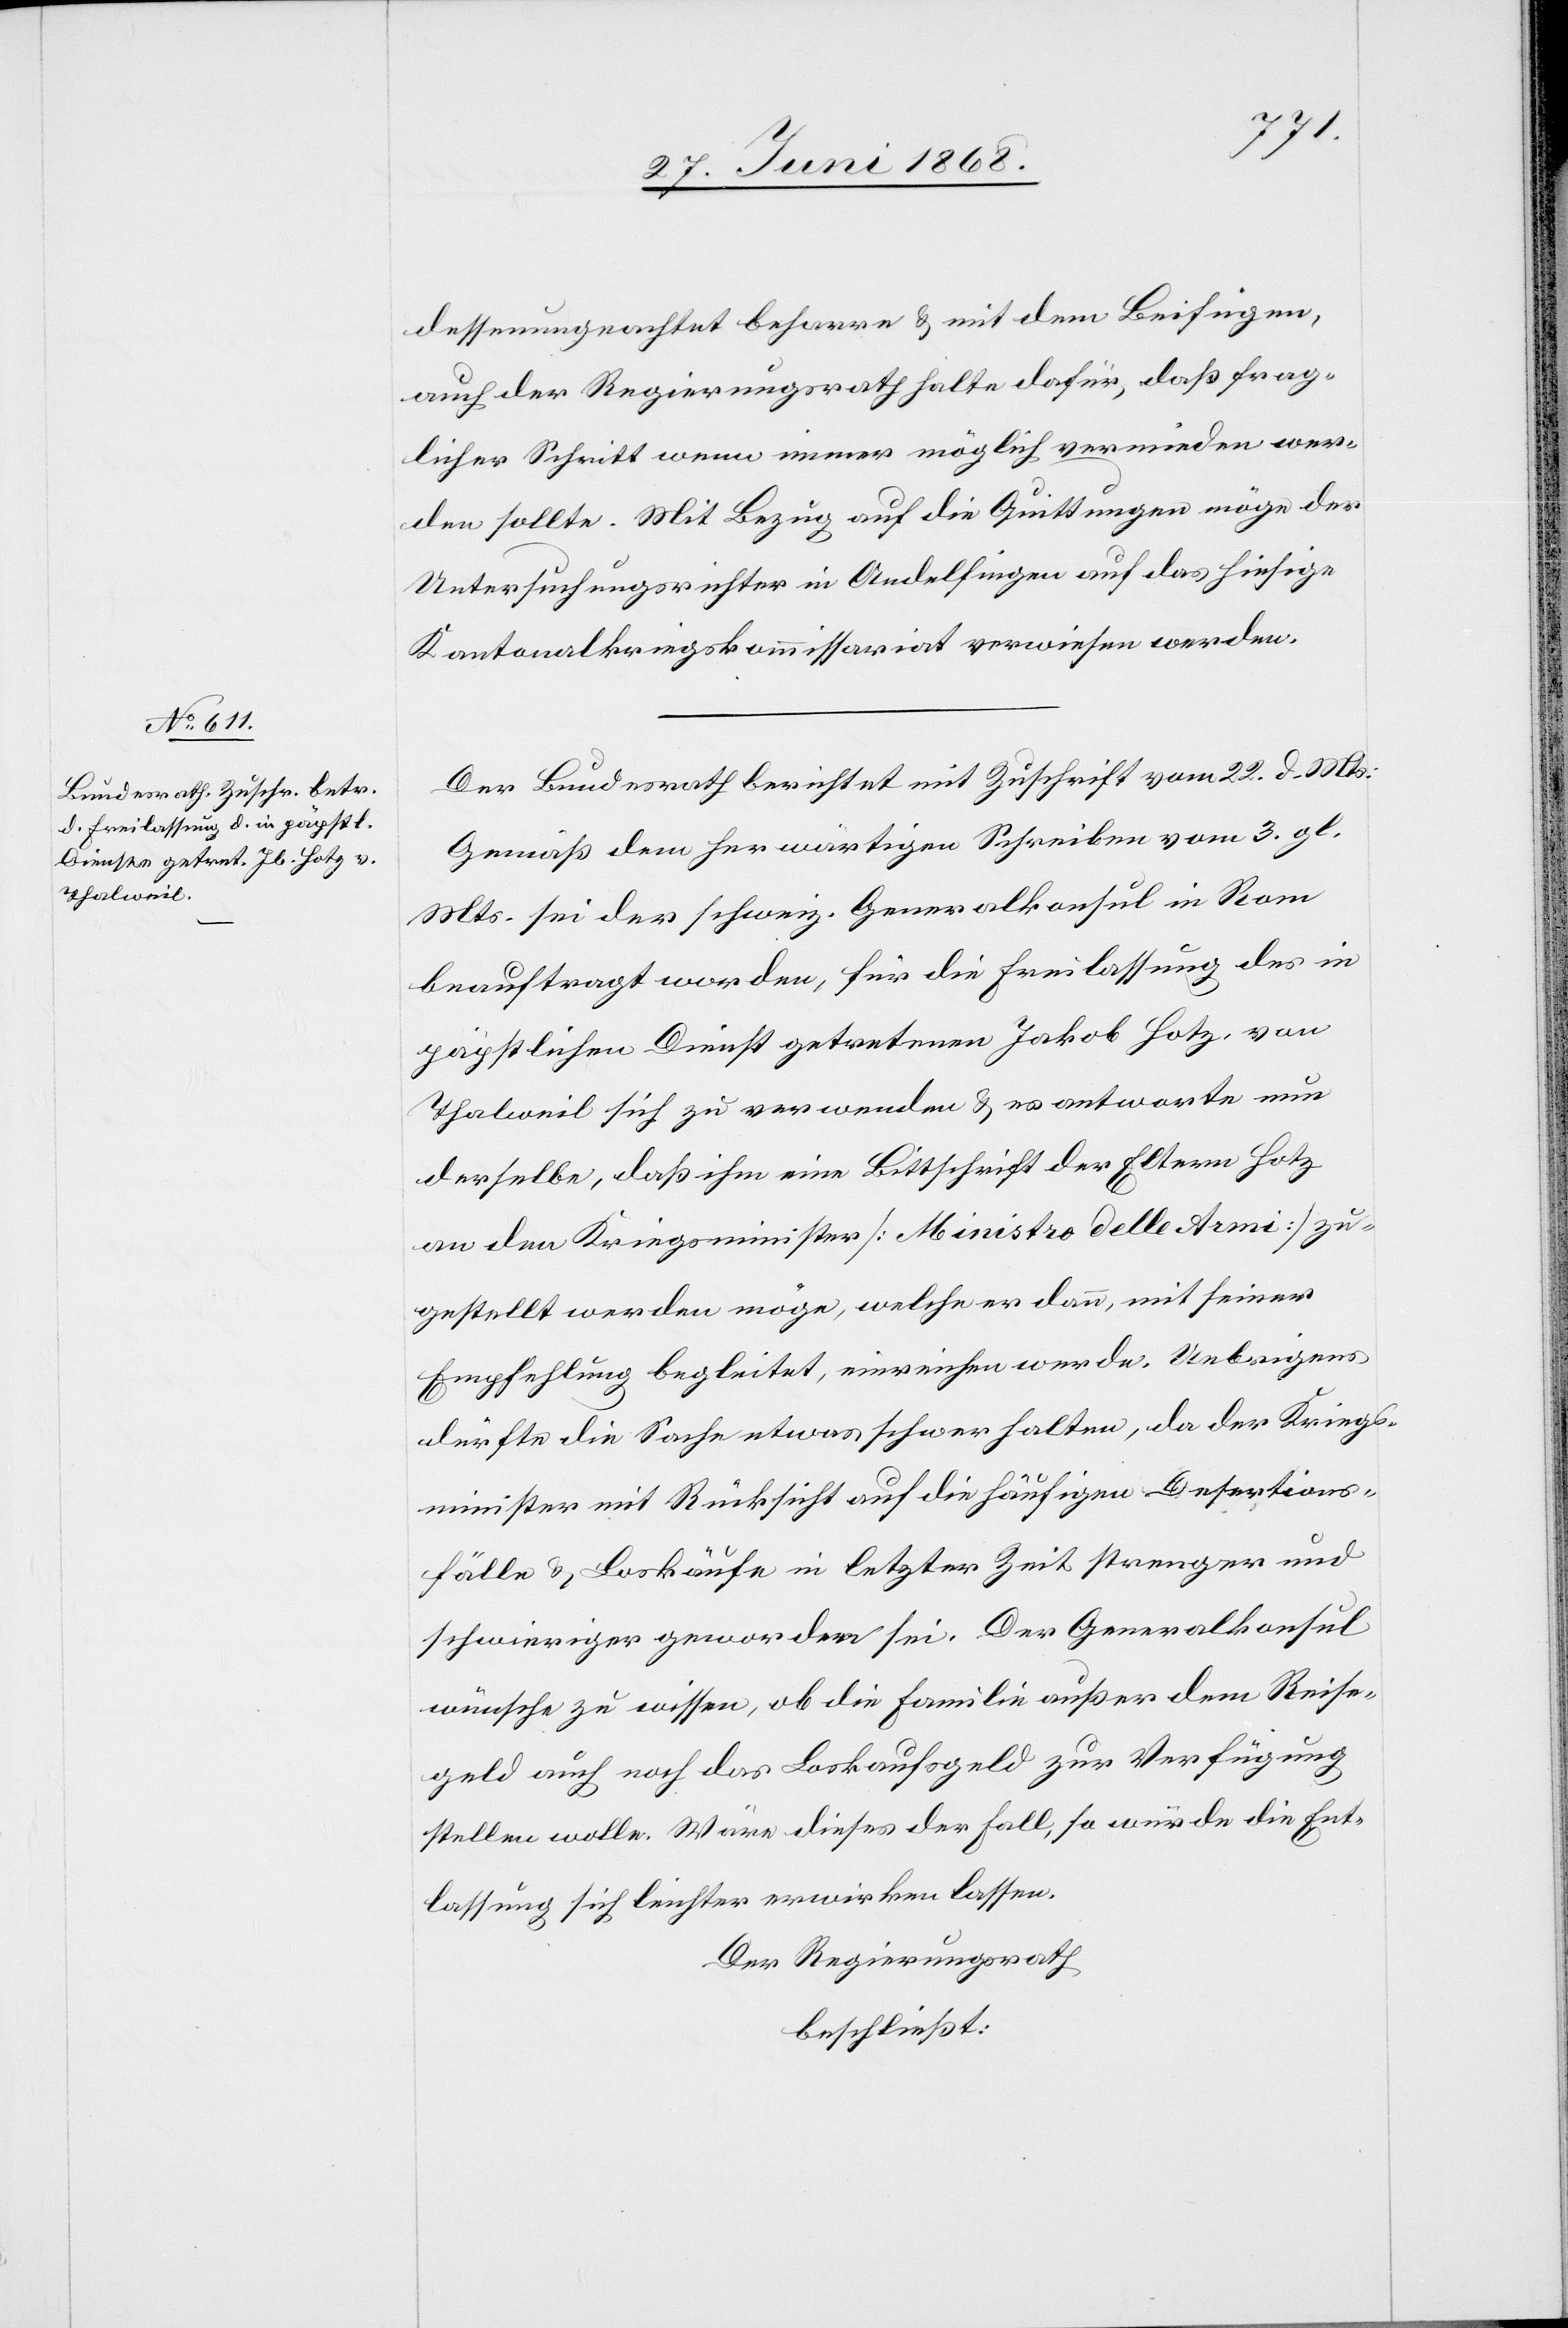
dessenungeachtet beharre & mit dem Beifügen,
auch der Regierungsrath halte dafür, daß frag¬
licher Schritt wenn immer möglich vermieden wer¬
den sollte. Mit Bezug auf die Quittungen möge der
Untersuchungsrichter in Andelfingen auf das hiesige
Kantonalkriegskommissariat verwiesen werden.
Der Bundesrath berichtet mit Zuschrift vom 22. d. Mts:
Gemäß dem herwärtigen Schreiben vom 3. gl.
Mts. sei der schweiz. Generalkonsul in Rom
beauftragt worden, für die Freilassung des in
päpstlichen Dienst getretenen Jakob Hotz, von
Thalweil sich zu verwenden & es antworte nun
derselbe, daß ihm eine Bittschrift der Eltern Hotz
an den Kriegsminister [Ministro delle Armi] zu¬
gestellt werden möge, welche er dann, mit seiner
Empfehlung begleitet, einreichen werde. Uebrigens
dürfte die Sache etwas schwer halten, da der Kriegs¬
minister mit Rücksicht auf die häufigen Desertions¬
fälle & Loskäufe in letzter Zeit strenger und
schwieriger geworden sei. Der Generalkonsul
wünsche zu wissen, ob die Familie außer dem Reise¬
geld auch noch das Loskaufsgeld zur Verfügung
stellen wolle. Wäre dieses der Fall, so würde die Ent¬
lassung sich leichter erwirken lassen.
Der Regierungsrath
beschließt: